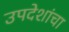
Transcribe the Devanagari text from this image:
उपदेशांचा